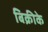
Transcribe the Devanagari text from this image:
बिक्रीके